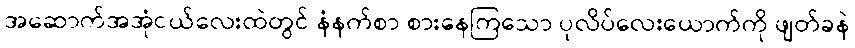
အဆောက်အအုံငယ်လေးထဲတွင် နံနက်စာ စားနေကြသော ပုလိပ်လေးယောက်ကို ဖျတ်ခနဲ